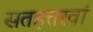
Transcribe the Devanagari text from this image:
सतहत्तरवां